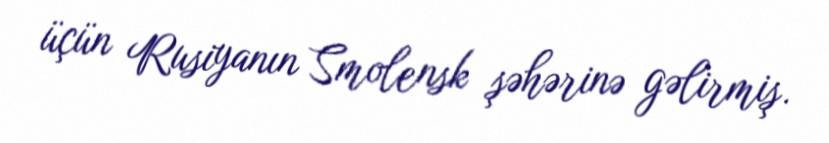
üçün Rusiyanın Smolensk şəhərinə gəlirmiş.